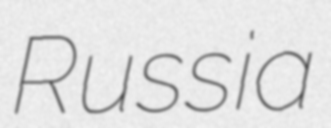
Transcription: Russia